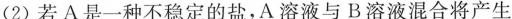
(2)若A是一种不稳定的盐，A溶液与B溶液混合将产生